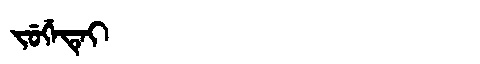
Manchu: ᠵᡠᡤᡝᡨᡝᡳ
Romanization: JUGETEI